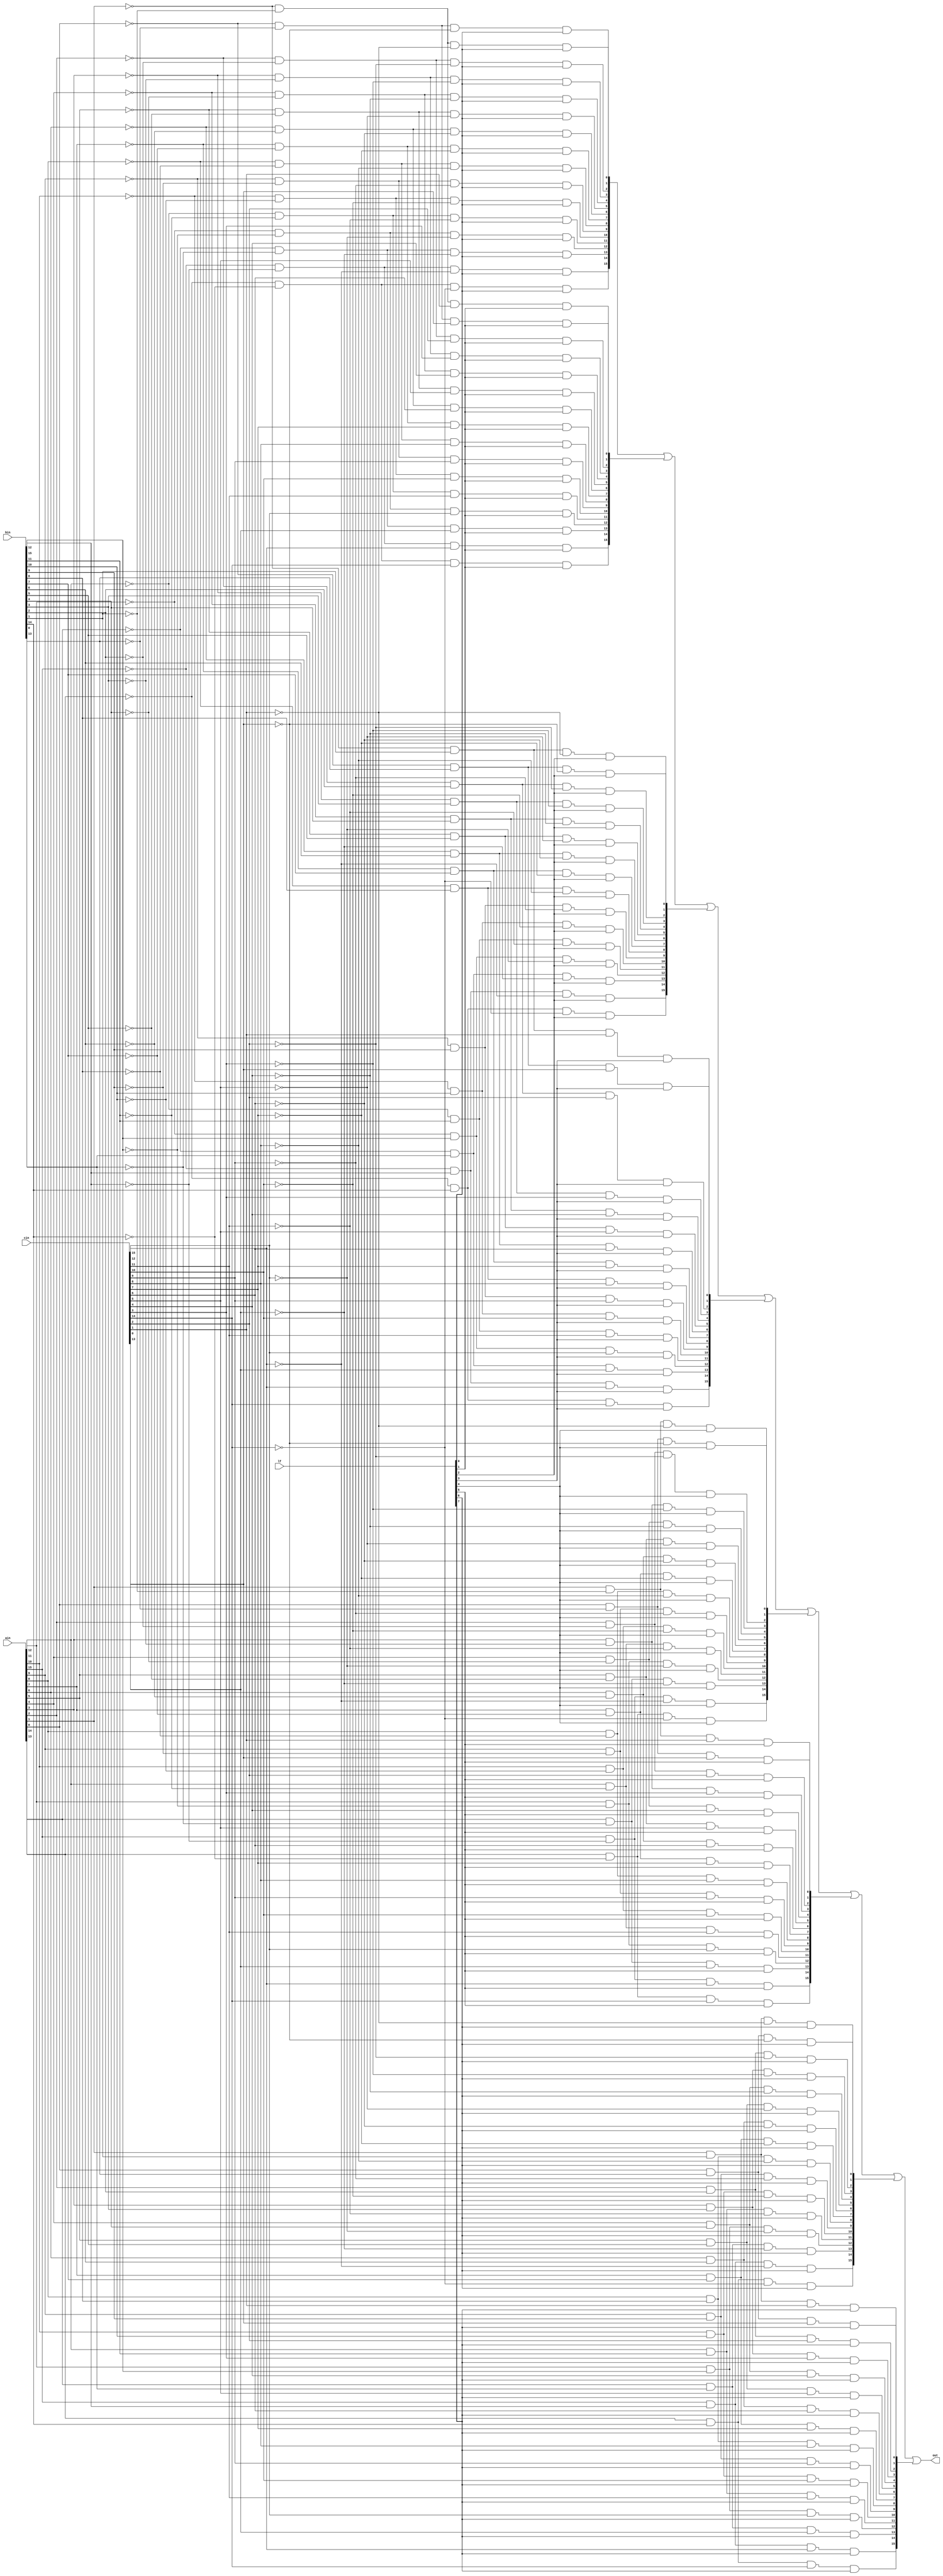
// This program was cloned from: https://github.com/rkrajnc/minimig-mist
// License: GNU General Public License v3.0

//Blitter minterm function generator
//The minterm function generator takes <ain>,<bin> and <cin> 
//and checks every logic combination against the LF control byte.
//If a combination is marked as 1 in the LF byte,the ouput will
//also be 1,else the output is 0.

module agnus_blitter_minterm
(
	input	[7:0] lf,	//LF control byte
	input	[15:0] ain,	//A channel in
	input	[15:0] bin,	//B channel in
	input	[15:0] cin,	//C channel in
	output	[15:0] out	//function generator output
);

reg		[15:0] mt0;		//minterm 0
reg		[15:0] mt1;		//minterm 1
reg		[15:0] mt2;		//minterm 2
reg		[15:0] mt3;		//minterm 3
reg		[15:0] mt4;		//minterm 4
reg		[15:0] mt5;		//minterm 5
reg		[15:0] mt6;		//minterm 6
reg		[15:0] mt7;		//minterm 7

//Minterm generator for each bit. The code inside the loop 
//describes one bit. The loop is 'unrolled' by the 
//synthesizer to cover all 16 bits in the word.
integer j;
always @(ain or bin or cin or lf)
	for (j=15; j>=0; j=j-1)
	begin
		mt0[j] = ~ain[j] & ~bin[j] & ~cin[j] & lf[0];
		mt1[j] = ~ain[j] & ~bin[j] &  cin[j] & lf[1];
		mt2[j] = ~ain[j] &  bin[j] & ~cin[j] & lf[2];
		mt3[j] = ~ain[j] &  bin[j] &  cin[j] & lf[3];
		mt4[j] =  ain[j] & ~bin[j] & ~cin[j] & lf[4];
		mt5[j] =  ain[j] & ~bin[j] &  cin[j] & lf[5];
		mt6[j] =  ain[j] &  bin[j] & ~cin[j] & lf[6];
		mt7[j] =  ain[j] &  bin[j] &  cin[j] & lf[7];
	end

//Generate function generator output by or-ing all
//minterms together.
assign out = mt0 | mt1 | mt2 | mt3 | mt4 | mt5 | mt6 | mt7;


endmodule